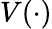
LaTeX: V(\cdot)